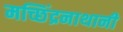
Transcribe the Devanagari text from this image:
मच्छिंद्रनाथानी